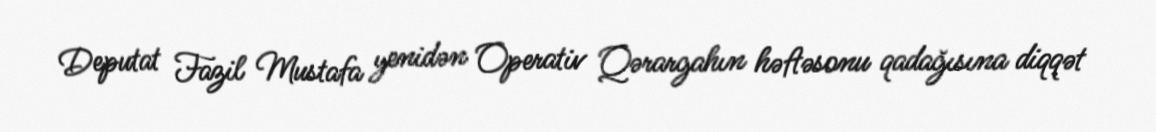
Deputat Fazil Mustafa yenidən Operativ Qərargahın həftəsonu qadağısına diqqət